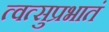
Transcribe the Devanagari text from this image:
त्वत्सुप्रभातं